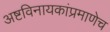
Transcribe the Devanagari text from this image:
अष्टविनायकांप्रमाणेच